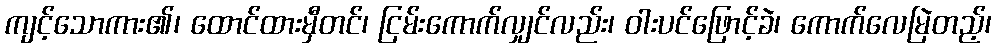
ကျင့်သောကား၏၊ ထောင်ထားမှီတင်၊ ငြမ်းကောက်လျှင်လည်း၊ ဝါးပင်ဖြောင့်ခဲ၊ ကောက်လေမြဲတည့်၊